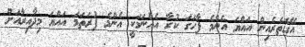
އޭގެތެރެއިން އައްޔަ އެންމެ ފާހަގަ ކުރާ އެއްނަމަކީ އެންމެ ފުރަތަމަ އައްޔަ މިދާއިރާއަށް